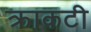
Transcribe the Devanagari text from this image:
क्राकटी